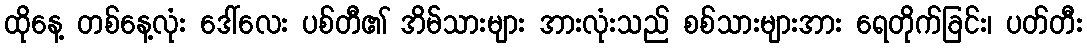
ထိုနေ့ တစ်နေ့လုံး ဒေါ်လေး ပစ်တီ၏ အိမ်သားများ အားလုံးသည် စစ်သားများအား ရေတိုက်ခြင်း၊ ပတ်တီး